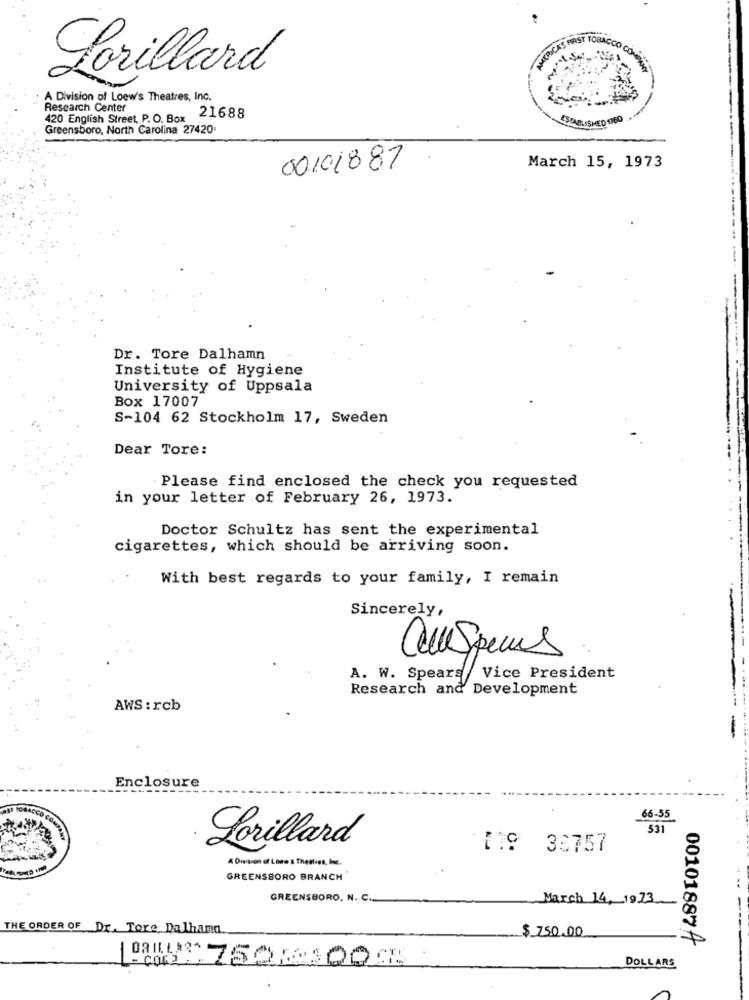
Lorillard
A Division of Loew's Theatres, Inc.
Research Center
420 English Street, P. O. Box
21688
ESTABLISHED 17EO
Greensboro, North Carolina 27420
00101887
March 15, 1973
Dr. Tore Dalhamn
Institute of Hygiene
University of Uppsala
Box 17007
S-104 62 Stockholm 17, Sweden
Dear Tore:
Please find enclosed the check you requested
in your letter of February 26, 1973.
Doctor Schultz has sent the experimental
cigarettes, which should be arriving soon.
With best regards to your family, I remain
Sincerely,
A. W. Spears/ Vice President
Research and Development
AWS : rcb
Enclosure
MACCO COM
66-55
531
Lorillard
119 36757
A Omiscon of Loss's Thestens, Inc.
GREENSBORO BRANCH
GREENSBORO, N. C.
March 14, 1923
THE ORDER OF Dr. Tore Dalhama
$ 750.00
00101887A
DRILLS 7508300 CE
-
DOLLARS